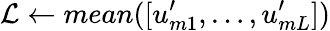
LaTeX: \mathcal{L}\gets mean([u_{m1}^{\prime},\dots,u_{mL}^{\prime}])